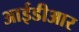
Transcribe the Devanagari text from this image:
आईडीआर